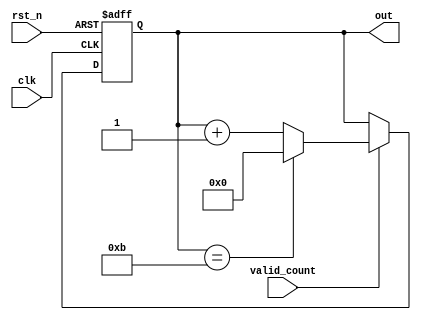
module counter_12 (
  input rst_n,
  input clk,
  input valid_count,
  output reg [3:0] out
);

  always @(posedge clk or negedge rst_n) begin
    if (~rst_n) begin
      out <= 4'b0000;
    end else if (valid_count) begin
      if (out == 4'd11) begin
        out <= 4'b0000;
      end else begin
        out <= out + 1;
      end
    end
  end

endmodule